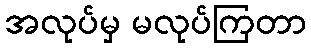
အလုပ်မှ မလုပ်ကြတာ